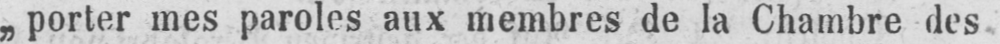
„porter mes paroles aux membres de la Chambre des